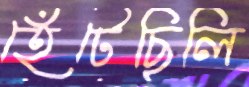
হেঁটেছিলি